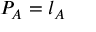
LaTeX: P _ { A } = l _ { A }